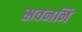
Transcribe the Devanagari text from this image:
स्रवननि